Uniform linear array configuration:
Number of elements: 16
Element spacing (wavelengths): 0.5
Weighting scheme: uniform
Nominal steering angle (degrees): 15
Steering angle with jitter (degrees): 15.512
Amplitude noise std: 0.05
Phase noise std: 0.05

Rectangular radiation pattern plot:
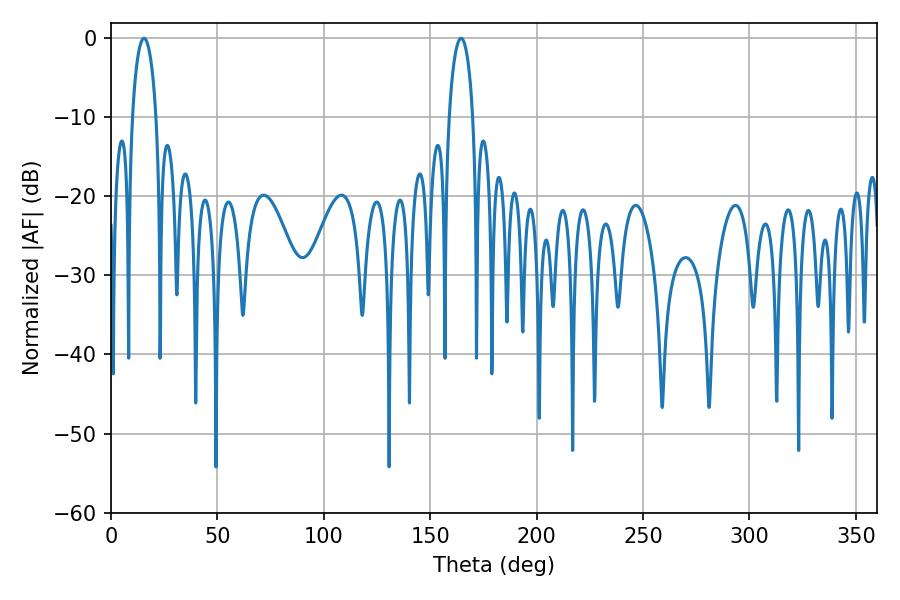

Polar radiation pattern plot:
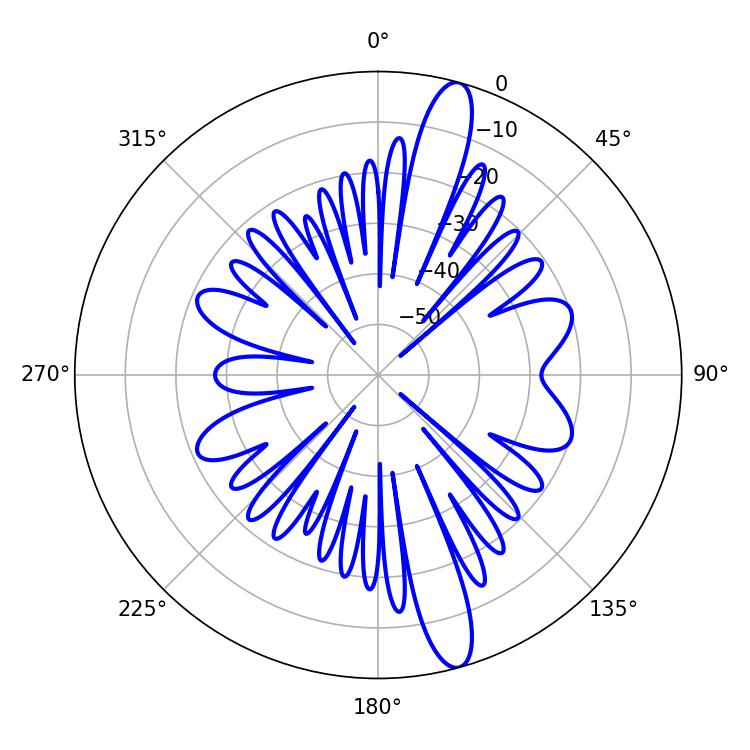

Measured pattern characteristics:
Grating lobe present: FALSE
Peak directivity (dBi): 14.581
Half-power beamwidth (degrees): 6.3
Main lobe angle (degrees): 15.48